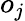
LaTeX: o_{j}